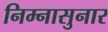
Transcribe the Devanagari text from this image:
निम्नासुनार